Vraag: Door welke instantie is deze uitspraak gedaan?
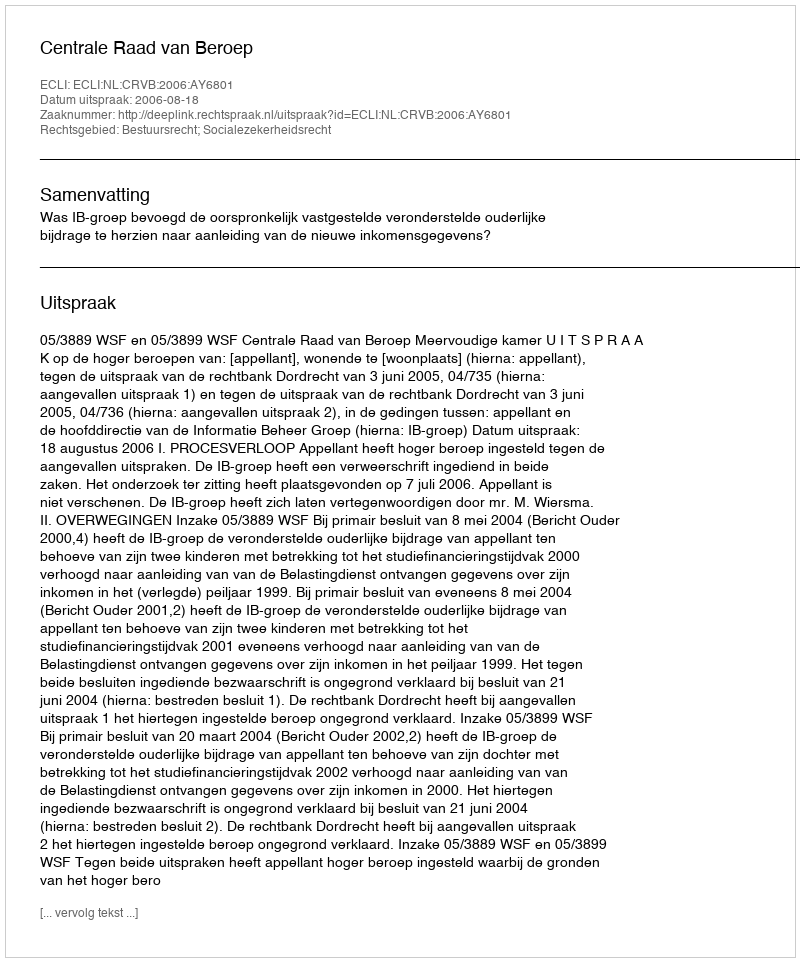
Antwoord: Centrale Raad van Beroep